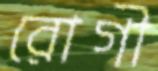
রোগী